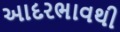
આદરભાવથી